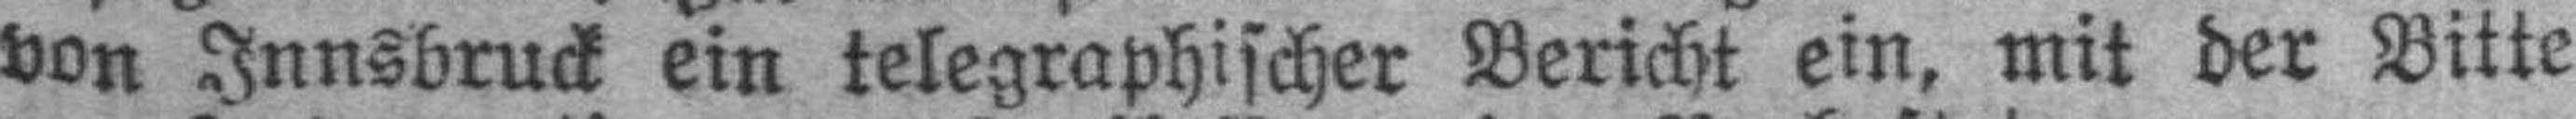
von Innsbruck ein telegraphischer Bericht ein, mit der Bitte